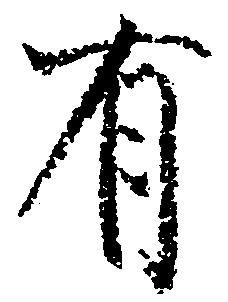
有